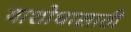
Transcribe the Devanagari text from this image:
याशोधासाठी